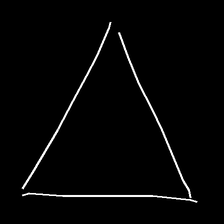
Glyph: convergence